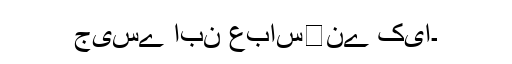
جیسے ابن عباس﷜نے کیا۔